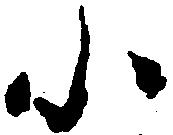
小